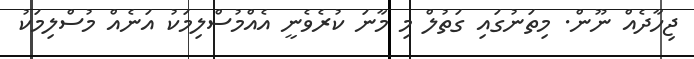
ޖިހާދެއް ނޫން. މިތަނުގައި ގަތުލް މި މާނަ ކުރެވެނީ އެއްމުސްލިމަކު އަނެއް މުސްލިމަކު